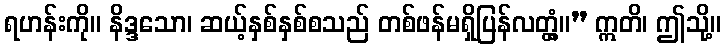
ရဟန်းကို။ နိဒ္ဒသော၊ ဆယ့်နှစ်နှစ်စသည် တစ်ဖန်မရှိပြန်လတ္တံ့။” ဣတိ၊ ဤသို့။